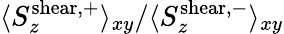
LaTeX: \langle S_{z}^{\mathrm{shear,+}}\rangle_{xy}/\langle S_{z}^{\mathrm{shear,-}}\rangle_{xy}